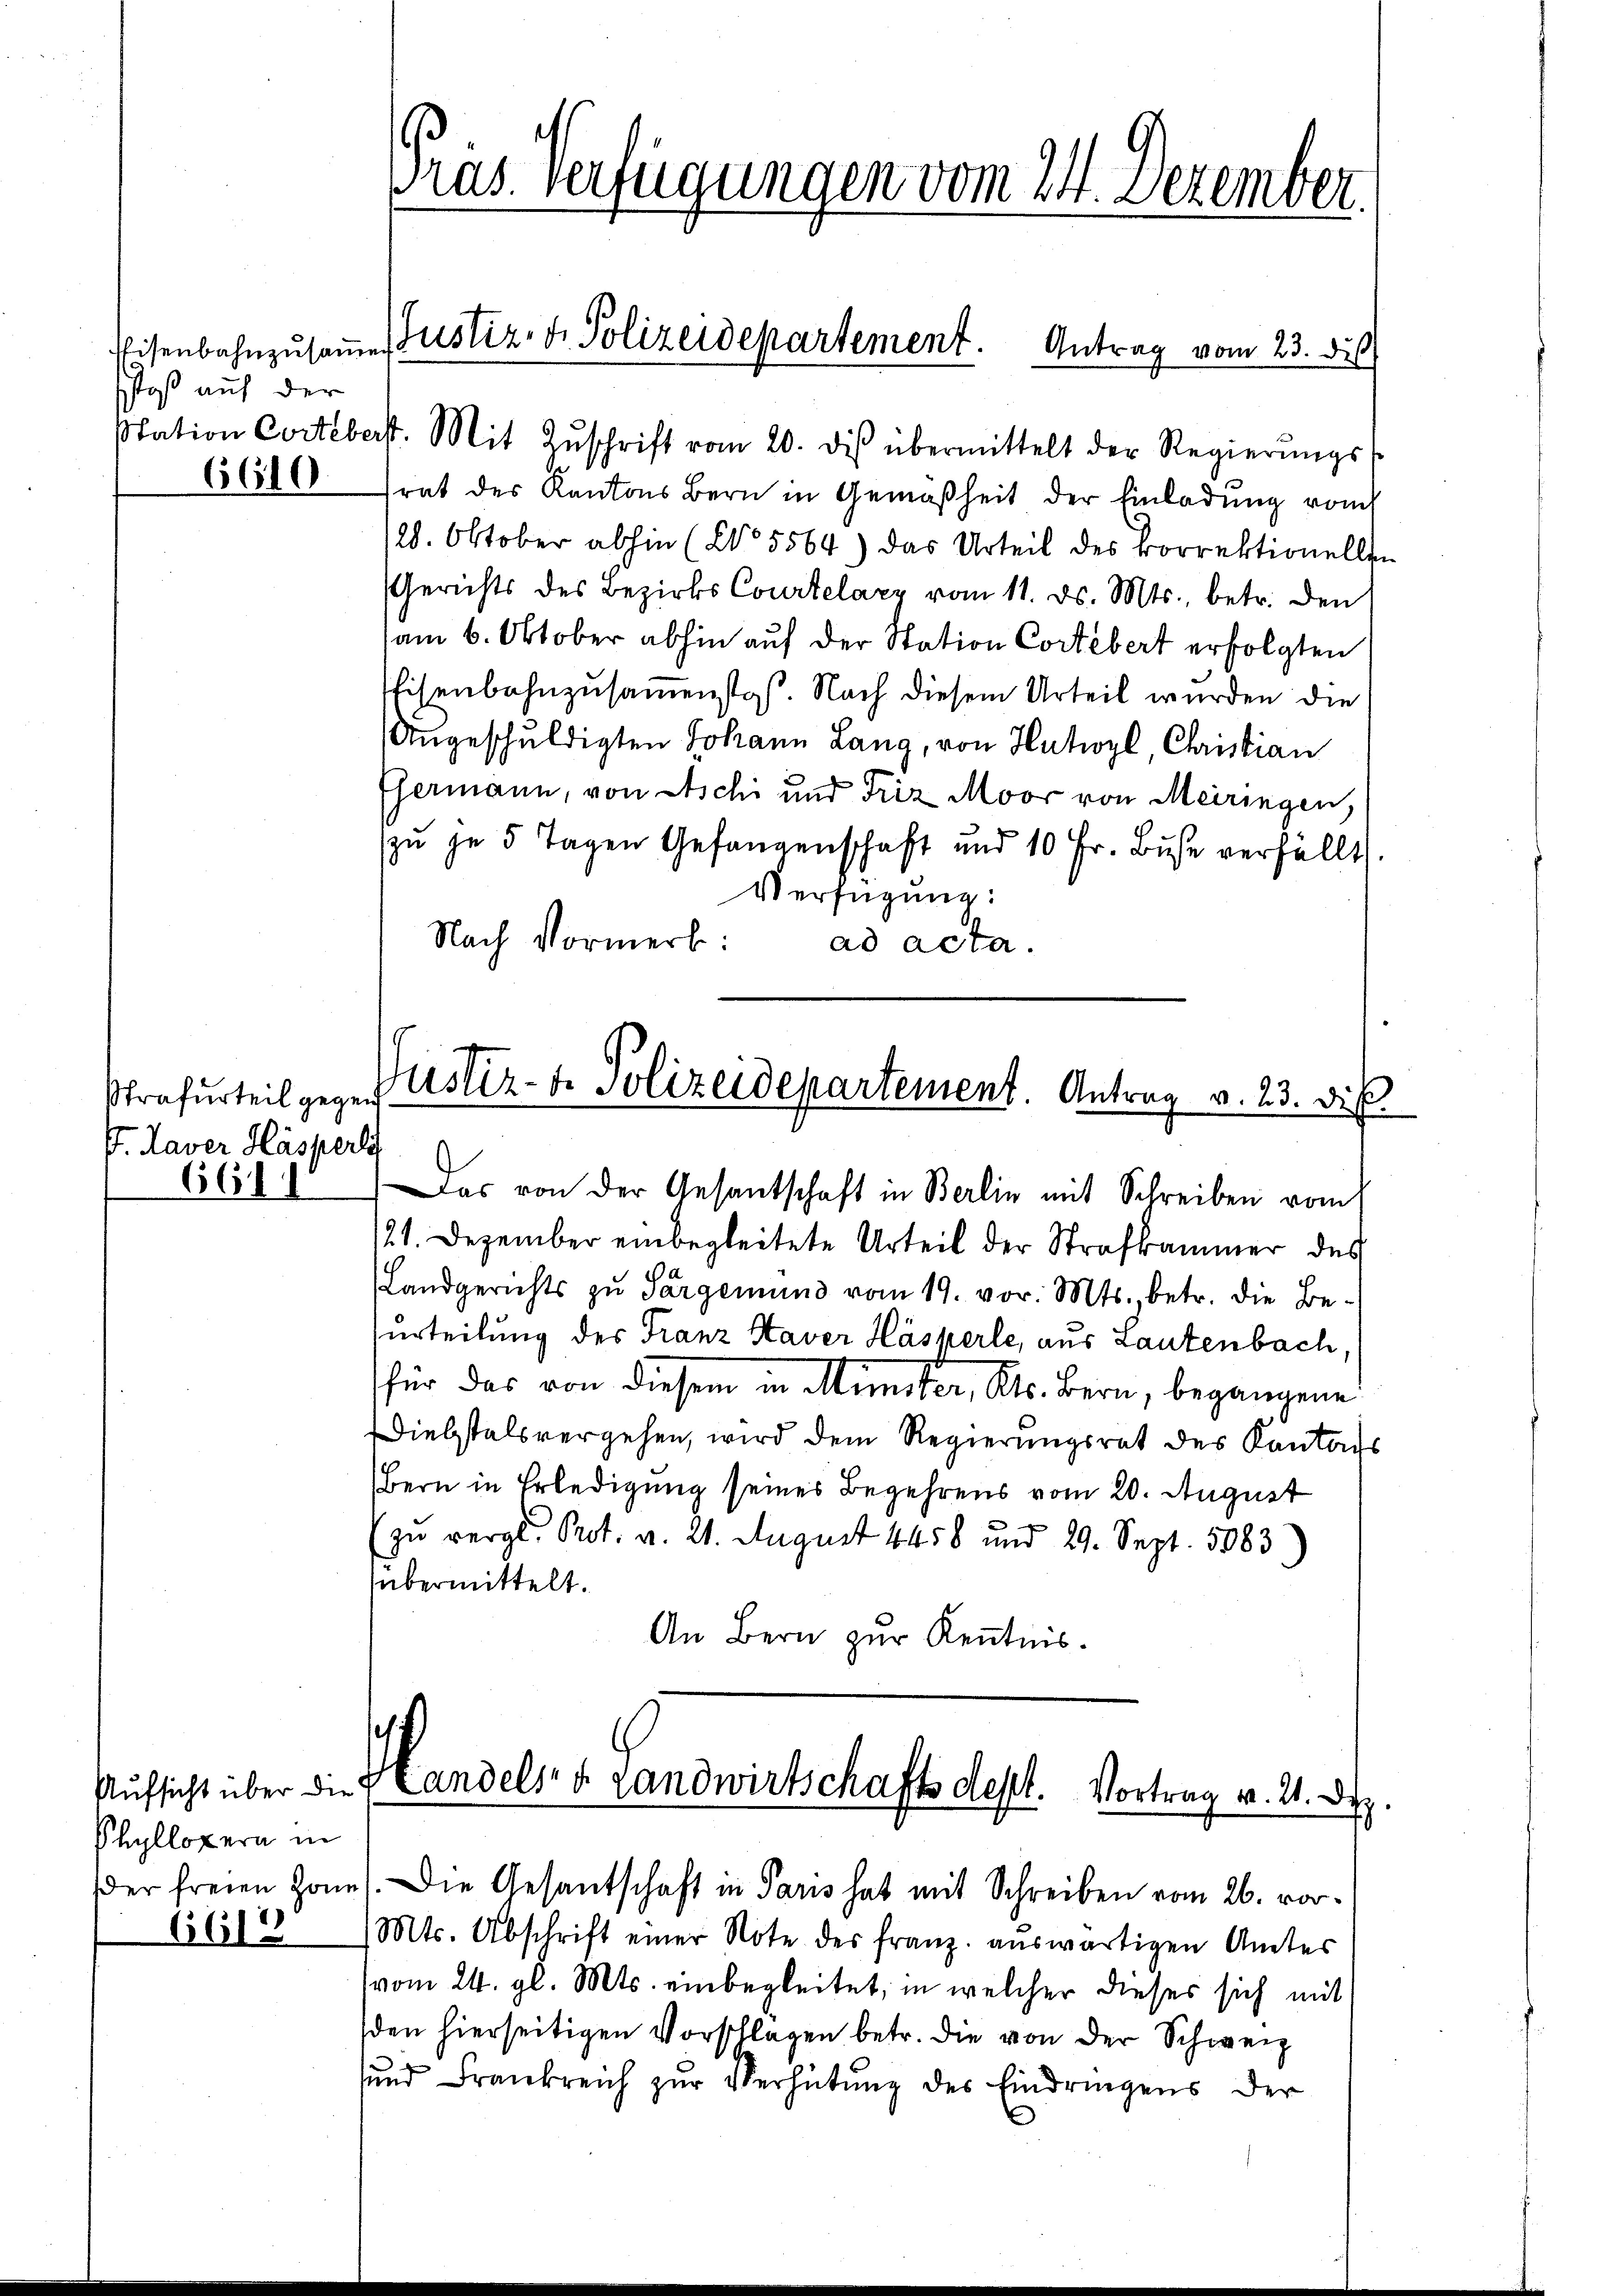
stoß auf der

6610

strafurteil gegen
P. Taver Haspers

6611

Phyllopern in
der freien Zone
6618

Pras Verfügungen vom 24. Dezember.

Eisenbahnzŭsaṁen Justiz- & Polizeidepartement. Antrag vom 23. des

Station Corteberst. Mit Zŭschrift vom 20. dies übermittelt der Regierŭngs-
rat des Kantons Bern in Gemäßheit der Einladung vom
28. Oktober abhin (No 5564) das Urteil des korrektionellen
Gerichts des Bezirks Courtelary vom 11. ds. Mts., betr. den
am 6. Oktober abhin auf der Station Cortebert erfolgten
fisenbahnzusammenstoß. Nach diesem Urteil wurden die
Angeschuldigten Johann Lang, von Hutwyl, Christian
Esermann, von Aschi und Friz Moor von Meiringen,
zu je 5 Tagen Gefangenschaft und 10 Fr. Buße verfällt.
Verfügung:
Nach Vormerk:
ad acta.

Justiz- & Polizeidepartement. Antrag v. 23. Di
Das von der Gesantschaft in Berlin mit Schreiben vom

/21. Dezember einbegleitete Urteil der Strafkammer des
Landgerichts zu Sargemund vom 19. vor. Mts., betr. die Beurteilung des Franz Kaver Häskerle, aus Lautenbach,
für das von diesem in Münster, Kt. Bern, begangene
Diebstals vergehen, wird dem Regierungsrat des Kantons
Bern in Erledigung seines Begehrens vom 20. August
(zu vergl. Prot. v. 21. August 4458 und 29. Sept. 5083)
übermittelt.
An Bern zur Kenntnis.

s
Aufsicht über die Landels Landwirtschaftsdest. Vortrag v. 21.

) Die Gesantschaft in Paris hat mit Schreiben vom 26. vor¬
Mts. Abschrift einer Note des franz auswärtigen Amtes
vom 24. gl. Mts. einbegleitet, in welcher dieses sich mit
den hierseitigen Vorschlagen betr. die von der Schweiz
sund Frankreich zur Verhütung des Eindringens der